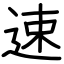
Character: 速